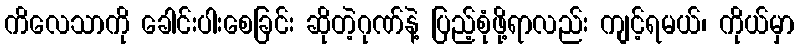
ကိလေသာကို ခေါင်းပါးစေခြင်း ဆိုတဲ့ဂုဏ်နဲ့ ပြည့်စုံဖို့ရာလည်း ကျင့်ရမယ်၊ ကိုယ်မှာ